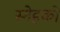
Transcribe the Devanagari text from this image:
स्नेहको